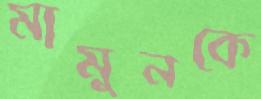
মামুনকে